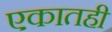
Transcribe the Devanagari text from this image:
एकातही